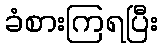
ခံစားကြရပြီး